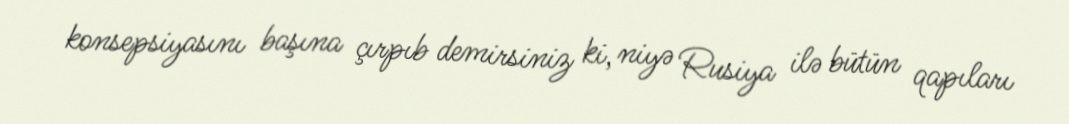
konsepsiyasını başına çırpıb demirsiniz ki, niyə Rusiya ilə bütün qapıları